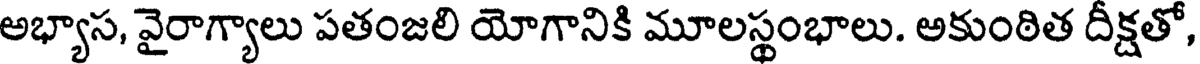
అభ్యాస, వైరాగ్యాలు పతంజలి యోగానికి మూలస్థంభాలు. అకుంఠిత దీక్షతో,